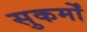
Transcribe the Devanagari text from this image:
सुकर्मों